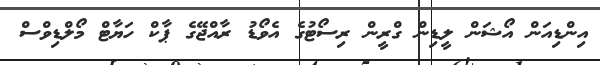
އިންޑިއަން އޯޝަން ލީޑިން ގްރީން ރިސޯޓުގެ އެވޯޑު ރާއްޖޭގެ ޕާކް ހަޔާޓް މޯލްޑިވްސް